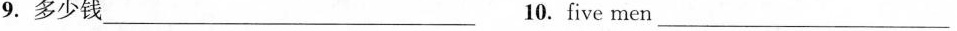
9. 多少钱 ___ 10. Five men ___